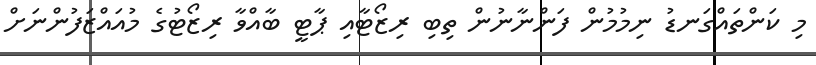
މި ކަންތައްގަނޑު ނިމުމުން ފަންނާނުން ތިބި ރިޒޯޓާއި ޕާޓީ ބާއްވާ ރިޒޯޓުގެ މުއައްޒަފުންނަށް